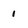
Character: 1